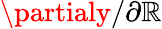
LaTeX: \partialy/\partial\mathbb{R}